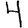
Digit: 4